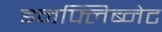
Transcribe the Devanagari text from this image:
इनफ्लिब्नेट